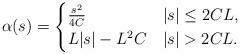
LaTeX: \begin{align*}\alpha(s) =\begin{cases}\frac{s^2}{4C} & |s| \le 2CL,\\L|s| - L^2C & |s| > 2CL.\end{cases}\end{align*}